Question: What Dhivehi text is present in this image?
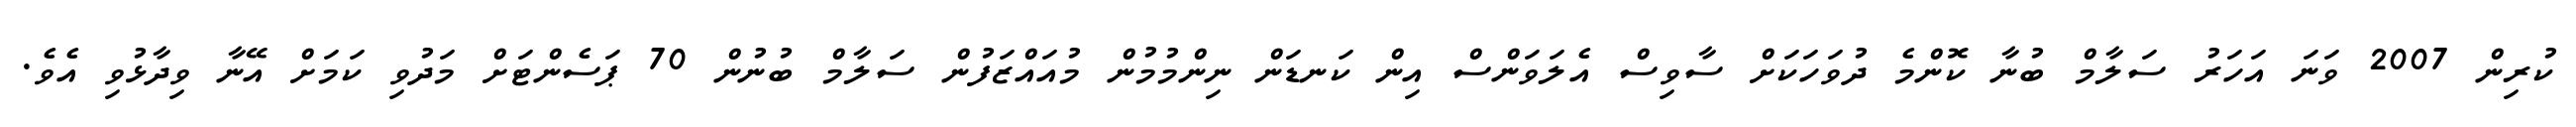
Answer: ކުރިން 2007 ވަނަ އަހަރު ސަލާމް ބުނާ ކޮންމެ ދުވަހަކަށް ސާވިސް އެލަވަންސް އިން ކަނޑަން ނިންމުމުން މުއައްޒަފުން ސަލާމް ބުނުން 70 ޕަސެންޓަށް މަދުވި ކަމަށް އޭނާ ވިދާޅުވި އެވެ.